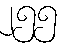
၂၅၅